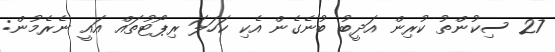
27 ސިކުންތު ކުރިން އަދީބު ބުނެގެން އެކި ކަހަލަ ރިޕޯޓުތައް އައީ ނެރެމުން: